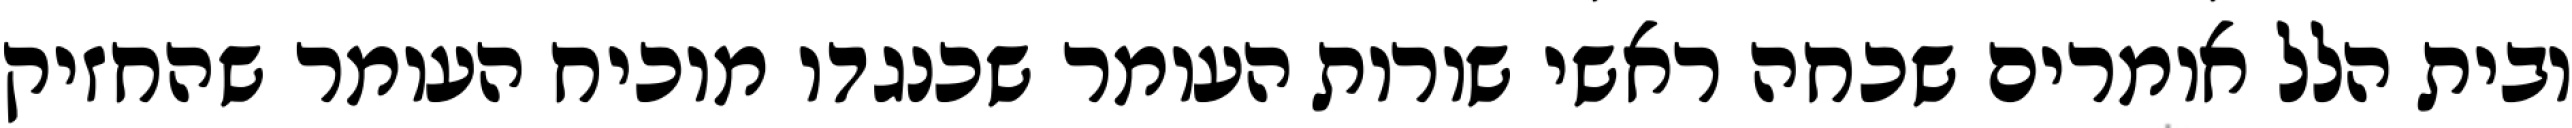
ובית הלל אומרים שכחה ראשי שורות העומר שכנגדו מוכיח העומר שהחזיק